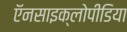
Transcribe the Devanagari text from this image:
ऍनसाइक्लोपीडिया